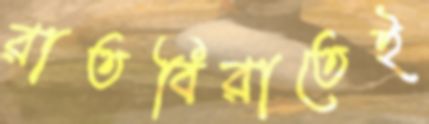
রাতবিরাতেই